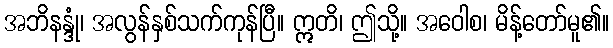
အဘိနန္ဒုံ၊ အလွန်နှစ်သက်ကုန်ပြီ။ ဣတိ၊ ဤသို့။ အဝေါစ၊ မိန့်တော်မူ၏။